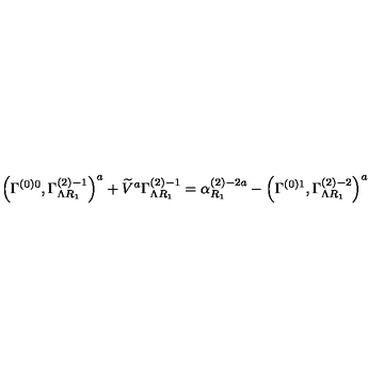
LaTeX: \left( \Gamma _ { } ^ { \left( 0 \right) 0 } , \Gamma _ { \Lambda R _ { 1 } } ^ { \left( 2 \right) - 1 } \right) ^ { a } + \widetilde { V } ^ { a } \Gamma _ { \Lambda R _ { 1 } } ^ { \left( 2 \right) - 1 } = \alpha _ { R _ { 1 } } ^ { \left( 2 \right) - 2 a } - \left( \Gamma _ { } ^ { \left( 0 \right) 1 } , \Gamma _ { \Lambda R _ { 1 } } ^ { \left( 2 \right) - 2 } \right) ^ { a }